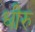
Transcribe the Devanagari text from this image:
धीरु